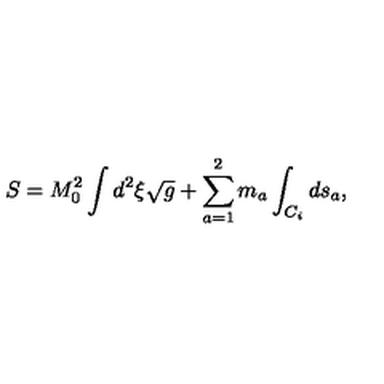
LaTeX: S = M _ { 0 } ^ { 2 } \int d ^ { 2 } \xi \sqrt { g } + \sum _ { a = 1 } ^ { 2 } m _ { a } \int _ { C _ { i } } d s _ { a } ,